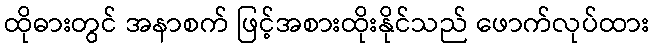
ထိုဓားတွင် အနာစက် ဖြင့်အစားထိုးနိုင်သည် ဖောက်လုပ်ထား